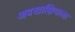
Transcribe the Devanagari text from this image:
अबखाझियाला